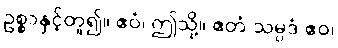
ဥစ္စာနှင့်တူ၍။ ဧဝံ၊ ဤသို့။ ဧတံ သမ္ပဒံ ဧဝ၊